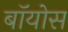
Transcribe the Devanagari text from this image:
बॉयोस